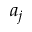
a _ { j }